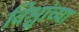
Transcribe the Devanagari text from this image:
विश्वांच्या